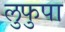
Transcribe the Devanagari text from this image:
लुफुपा